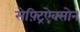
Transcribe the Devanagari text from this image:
सेफ़्ट्रिऐक्सोन